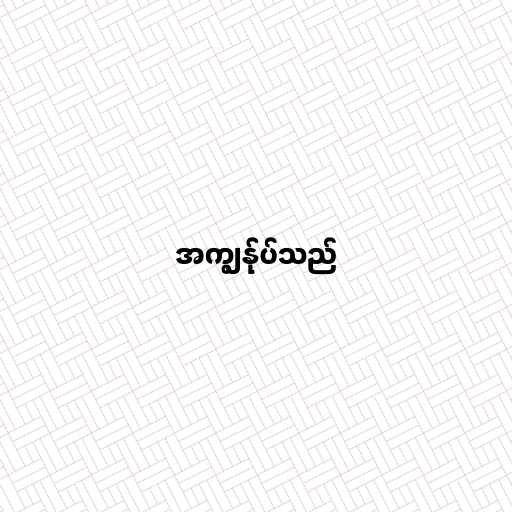
အကျွန်ုပ်သည်